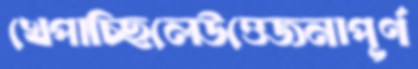
খেপাচ্ছিলেউত্তেজনাপূর্ণ